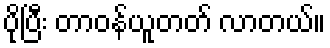
ပိုပြီး တာဝန်ယူတတ် လာတယ်။